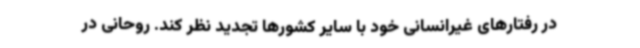
در رفتارهای غیرانسانی خود با سایر کشورها تجدید نظر کند. روحانی در